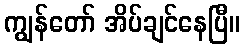
ကျွန်တော် အိပ်ချင်နေပြီ။